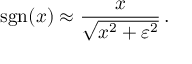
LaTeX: \ \operatorname { s g n } ( x ) \approx { \frac { x } { \sqrt { x ^ { 2 } + \varepsilon ^ { 2 } } } } \, .